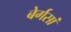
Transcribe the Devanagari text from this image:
बेर्गसां